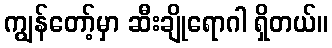
ကျွန်တော့်မှာ ဆီးချိုရောဂါ ရှိတယ်။